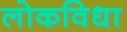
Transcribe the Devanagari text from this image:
लोकविधा